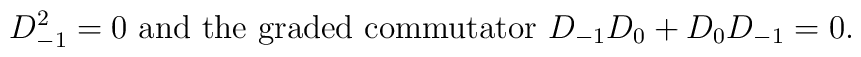
D_{-1}^2=0\mbox{ and the graded commutator } D_{-1} D_0+D_0 D_{-1} =0.